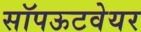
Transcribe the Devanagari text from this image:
सॉपऊटवेयर